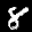
Label: 8